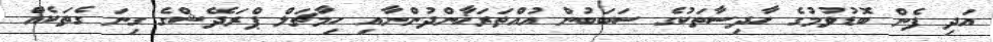
އަދި ފެން ބޮޑުވުމުގެ ހާދިސާތަކުގެ ސަބަބުން އުއްތަރަޚާންދުންނާއި ހިމާޗަލް ޕްރަދޭޝްގެ ގިނަ ގެތަކެއް